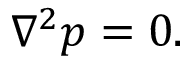
\nabla ^ { 2 } p = 0 .